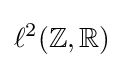
\ell ^{2}(\mathbb {Z} ,\mathbb {R} )